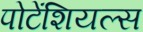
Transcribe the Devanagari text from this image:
पोटेंशियल्स